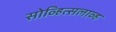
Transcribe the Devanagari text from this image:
सोव्हित्सलाव्ह